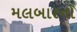
મલબારનો